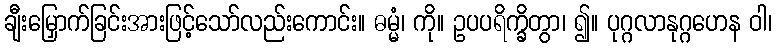
ချီးမြှောက်ခြင်းအားဖြင့်သော်လည်းကောင်း။ ဓမ္မံ၊ ကို။ ဥပပရိက္ခိတွာ၊ ၍။ ပုဂ္ဂလာနုဂ္ဂဟေန ဝါ၊